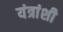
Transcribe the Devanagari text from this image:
यंत्रांशी